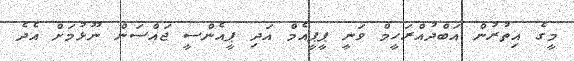
މީގެ އިތުރުން އަބްދުއްރަހީމް ވަނީ ޕީޕީއެމް އަދި ޕީއެންސީ ޖައްސަން ނޫޅުމަށް އެދެ